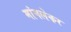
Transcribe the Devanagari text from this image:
मांगलेकर